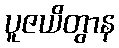
ပူဇယိတွာန